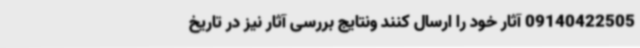
09140422505 آثار خود را ارسال کنند ونتایج بررسی آثار نیز در تاریخ